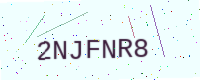
Text: 2NJFNR8